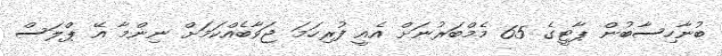
ބުނާހިސާބުން ޕާޓީގެ 65 މެމްބަރުނަށް އެއީ ފުރިހަމަ ޖަވާބެއްކަމަށް ނިންމާ އޭ ޕްލަސް